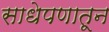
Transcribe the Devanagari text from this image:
साधेपणातून